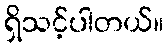
ရှိသင့်ပါတယ်။